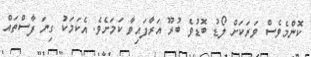
ކޮންމެވެސް ވަރަކަށް ލޯޑު ބޮޑުވެ ބުރޫ އަރާފައިވާ ކަމަށެވެ. އެކަމަކު ގިނަ ފާސްތައް